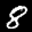
Label: 8